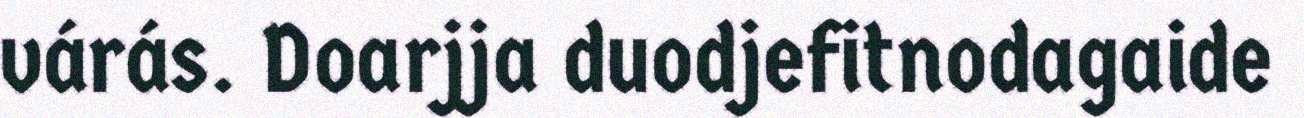
várás. Doarjja duodjefitnodagaide